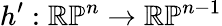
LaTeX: h^{\prime}:\mathbb{RP}^{n}\to\mathbb{RP}^{n-1}